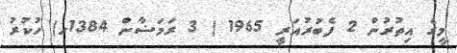
މީގެ އިތުރުން 2 ފެބުރުއަރީ 1965 ( 3 ރަމަޟާން 1384ހ) ހުކުރު